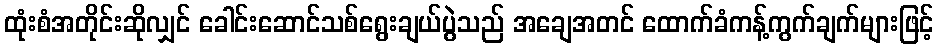
ထုံးစံအတိုင်းဆိုလျှင် ခေါင်းဆောင်သစ်ရွေးချယ်ပွဲသည် အချေအတင် ထောက်ခံကန့်ကွက်ချက်များဖြင့်